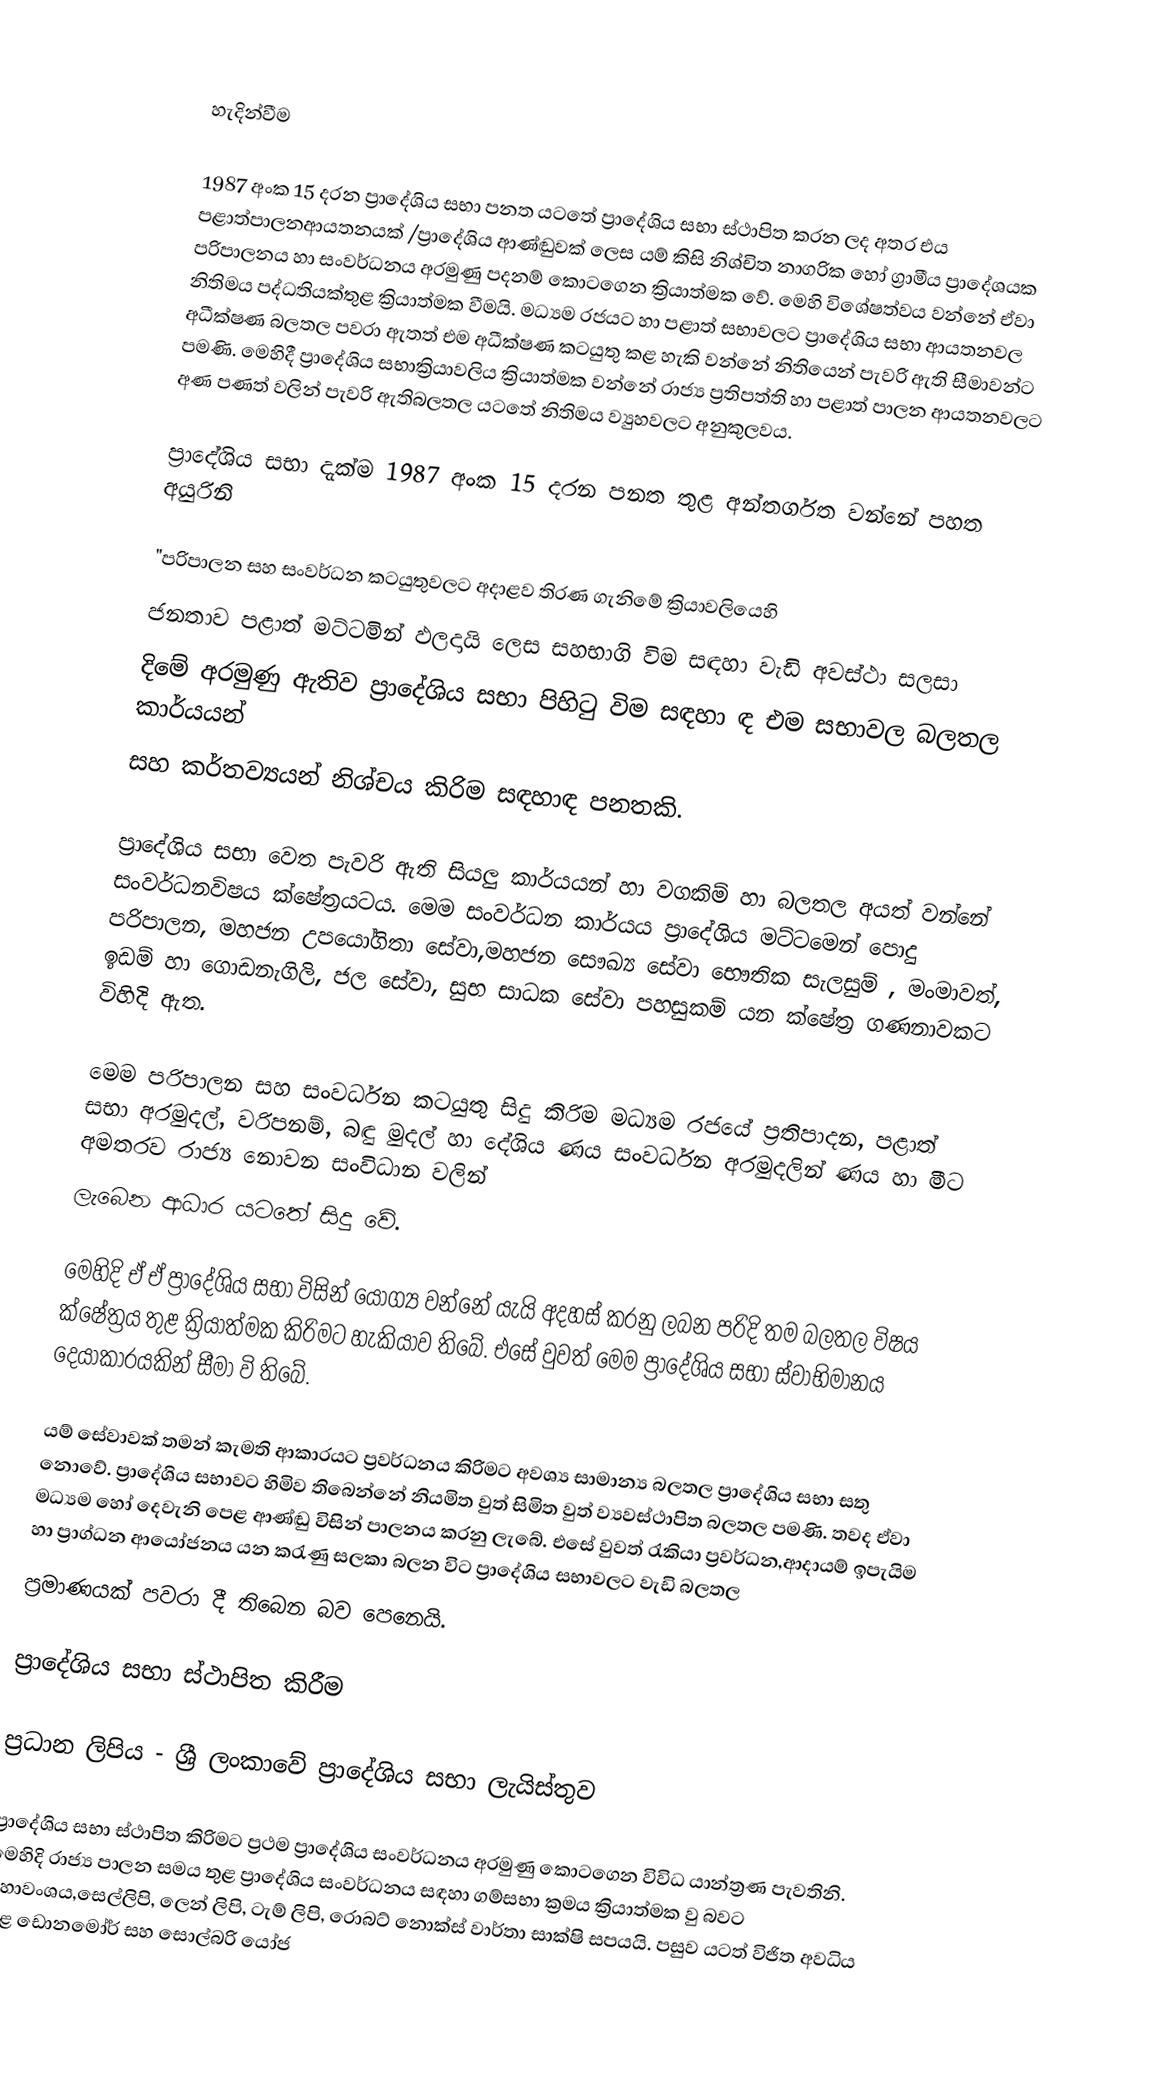

හැදින්වීම

1987 අංක 15 දරන ප්‍රාදේශිය සභා පනත යටතේ ප්‍රාදේශිය සභා ස්ථාපිත කරන ලද අතර එය පළාත්පාලනආයතනයක් /ප්‍රාදේශිය ආණ්ඬුවක් ලෙස යම් කිසි නිශ්චිත නාගරික හෝ ග්‍රාමීය ප්‍රාදේශයක පරිපාලනය හා සංවර්ධනය අරමුණු පදනම් කොටගෙන ක්‍රියාත්මක වේ. මෙහි විශේෂත්වය වන්නේ ඒවා නිතිමය පද්ධතියක්තුළ ක්‍රියාත්මක වීමයි. මධ්‍යම රජයට හා පළාත් සභාවලට ප්‍රාදේශිය සභා ආයතනවල අධීක්ෂණ බලතල පවරා  ඇතත් එම අධීක්ෂණ කටයුතු කළ හැකි වන්නේ නිතියෙන් පැවරි ඇති සීමාවන්ට පමණි. මෙහිදී ප්‍රාදේශිය සභාක්‍රියාවලිය ක්‍රියාත්මක වන්නේ රාජ්‍ය ප්‍රතිපත්ති හා  පළාත් පාලන ආයතනවලට අණ පණත් වලින් පැවරි ඇතිබලතල යටතේ නිතිමය ව්‍යුහවලට අනුකුලවය.

	ප්‍රාදේශිය සභා දැක්ම 1987 අංක 15 දරන පනත තුළ අන්තර්ගත වන්නේ පහත අයුරිනි

		"පරිපාලන සහ සංවර්ධන කටයුතුවලට අදාළව තිරණ ගැනිමේ ක්‍රියාවලියෙහි
		ජනතාව පළාත් මට්ටමින් ඵලදායි ලෙස සහභාගි විම සඳහා වැඩි අවස්ථා සලසා
		දිමේ අරමුණු ඇතිව ප්‍රාදේශිය සභා පිහිටු විම සඳහා ඳ එම සභාවල බලතල කාර්යයන්
		සහ කර්තව්‍යයන් නිශ්චය කිරිම සඳහාඳ පනතකි.

	 ප්‍රාදේශිය සභා වෙත පැවරි ඇති සියලු කාර්යයන් හා වගකිම් හා බලතල අයත් වන්නේ සංවර්ධනවිෂය ක්ෂේත්‍රයටය. මෙම සංවර්ධන කාර්යය ප්‍රාදේශිය මට්ටමෙන් පොදු පරිපාලන, මහජන උපයෝගිතා සේවා,මහජන සෞඛ්‍ය සේවා භෞතික සැලසුම් , මංමාවත්, ඉඩම් හා ගොඩනැගිලි, ජල සේවා, සුභ සාධක සේවා පහසුකම් යන ක්ෂේත්‍ර ගණනාවකට විහිදි ඇත.

	මෙම පරිපාලන සහ සංවර්ධන කටයුතු සිදු කිරිම මධ්‍යම රජයේ ප්‍රතිපාදන, පළාත් සභා අරමුදල්, වරිපනම්, බඳු මුදල් හා දේශිය ණය සංවර්ධන අරමුදලින් ණය හා මීට අමතරව රාජ්‍ය නොවන සංවිධාන වලින්
ලැබෙන ආධාර යටතේ සිදු වේ.

		මෙහිදි ඒ ඒ ප්‍රාදේශිය සභා විසින් යෝග්‍ය වන්නේ යැයි අදහස් කරනු ලබන පරිදි තම බලතල විෂය ක්ෂේත්‍රය තුළ ක්‍රියාත්මක කිරිමට හැකියාව තිබේ. එසේ වුවත් මෙම ප්‍රාදේශිය සභා ස්වාභිමානය දෙයාකාරයකින් සීමා වි තිබේ.

		යම් සේවාවක් තමන් කැමති ආකාරයට ප්‍රවර්ධනය කිරිමට අවශ්‍ය සාමාන්‍ය බලතල ප්‍රාදේශිය සභා සතු නොවේ. ප්‍රාදේශිය සභාවට හිමිව තිබෙන්නේ නියමිත වුත් සිමිත වුත් ව්‍යවස්ථාපිත බලතල පමණි. තවද ඒවා මධ්‍යම හෝ දෙවැනි පෙළ ආණ්ඬු විසින් පාලනය කරනු ලැබේ. එසේ වුවත් රැකියා ප්‍රවර්ධන,ආදායම් ඉපැයිම හා ප්‍රාග්ධන ආයෝජනය යන කරැණු සලකා බලන විට ප්‍රාදේශිය සභාවලට වැඩි බලතල
ප්‍රමාණයක් පවරා දී තිබෙන බව පෙනෙයි.

ප්‍රාදේශිය සභා ස්ථාපිත කිරීම

		 ප්‍රධාන ලිපිය - ශ්‍රී ලංකාවේ ප්‍රාදේශිය සභා ලැයිස්තුව

		 ප්‍රාදේශිය සභා ස්ථාපිත කිරිමට ප්‍රථම ප්‍රාදේශිය සංවර්ධනය අරමුණු කොටගෙන විවිධ යාන්ත්‍රණ පැවතිනි. මෙහිදි රාජ්‍ය පාලන සමය තුළ ප්‍රාදේශිය සංවර්ධනය සඳහා  ගම්සභා ක්‍රමය ක්‍රියාත්මක වු බවට මහාවංශය,සෙල්ලිපි, ලෙන් ලිපි, ටැම් ලිපි, රොබට් නොක්ස් වාර්තා සාක්ෂි සපයයි. පසුව යටත් විජිත අවධිය තුළ ඩොනමෝර් සහ සොල්බරි යෝජ